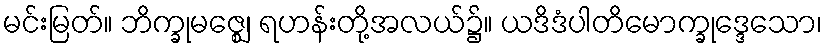
မင်းမြတ်။ ဘိက္ခုမဇ္ဈေ၊ ရဟန်းတို့အလယ်၌။ ယဒိဒံပါတိမောက္ခုဒ္ဒေသော၊